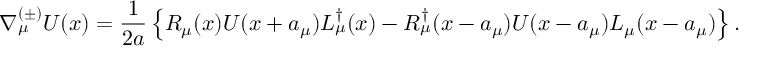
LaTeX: \nabla _ { \mu } ^ { ( \pm ) } U ( x ) = \frac { 1 } { 2 a } \left\{ R _ { \mu } ( x ) U ( x + a _ { \mu } ) L _ { \mu } ^ { \dagger } ( x ) - R _ { \mu } ^ { \dagger } ( x - a _ { \mu } ) U ( x - a _ { \mu } ) L _ { \mu } ( x - a _ { \mu } ) \right\} .